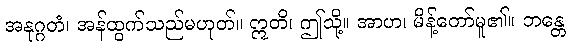
အနုဂ္ဂတံ၊ အန်ထွက်သည်မဟုတ်။ ဣတိ၊ ဤသို့။ အာဟ၊ မိန့်တော်မူ၏။ ဘန္တေ